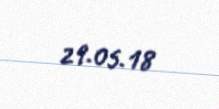
29.05.18